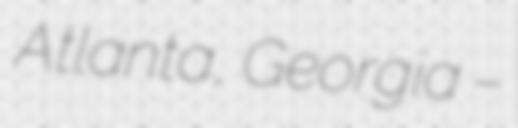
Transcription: Atlanta, Georgia –